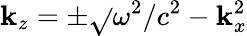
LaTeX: \mathbf{k}_{z}=\pm\sqrt{}{{\omega^{2}/c^{2}-\mathbf{k}_{x}^{2}}}